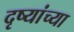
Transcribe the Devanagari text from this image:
दृष्यांच्या